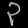
Digit: ၃